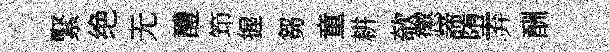
緊绝无醴笻握芻童耕欹懲諦堕弃酬